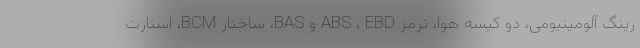
رینگ آلومینیومی، دو کیسه هوا، ترمز ABS ، EBD و BAS، ساختار BCM، استارت